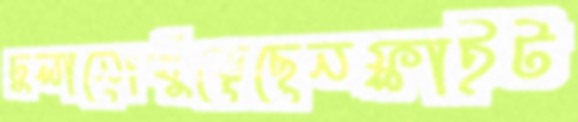
ঢুলানোখুঁড়েছেনফ্লাইট